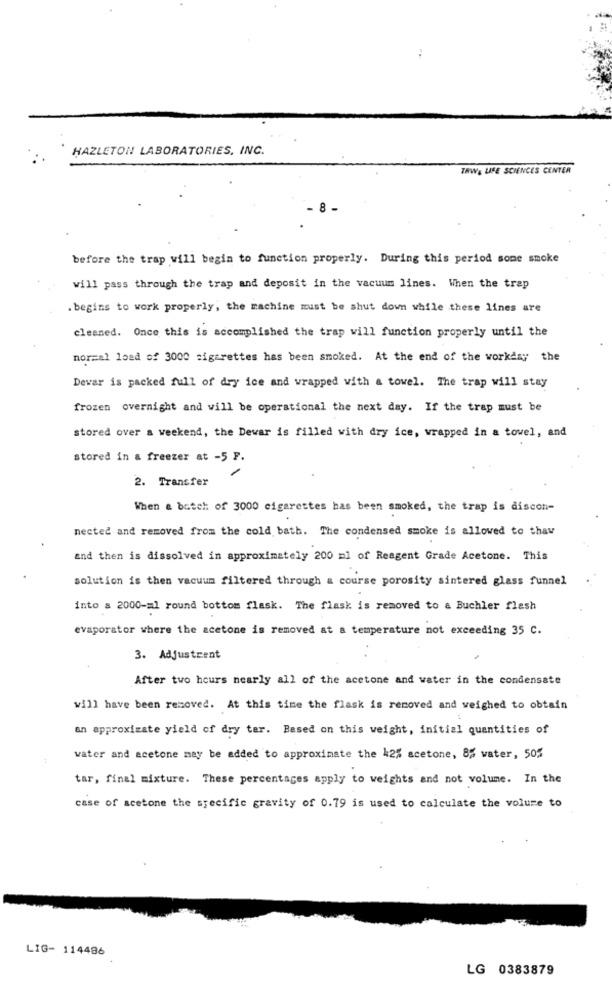
HAZLETON LABORATORIES, INC.
TRWA LIFE SCIENCES CENTER
. 8
before the trap will begin to function properly. During this period some smoke
will pass through the trap and deposit in the vacuum lines. When the trap
. begins to work properly, the machine must be shut down while these lines are
cleaned. Once this is accomplished the trap will function properly until the
normal load of 3000 cigarettes has been smoked. At the end of the workday the
Devar is packed full of dry ice and wrapped with a towel. The trap will stay
frozen overnight and will be operational the next day. If the trap must be
stored over a weekend, the Dewar is filled with dry ice, wrapped in a towel, and
stored in a freezer at -5 F.
2. Transfer
When a batch of 3000 cigarettes has been smoked, the trap is discon-
nected and removed from the cold bath. The condensed smoke is allowed to thaw
and then is dissolved in approximately 200 ml of Reagent Grade Acetone. This
solution is then vacuum filtered through a course porosity sintered glass funnel
into a 2000-al round bottom flask. The flask is removed to a Buchler flash
evaporator where the acetone is removed at a temperature not exceeding 35 C.
3. Adjustrent
After two hours nearly all of the acetone and water in the condensate
will have been removed. At this time the flask is removed and weighed to obtain
an approximate yield of dry ter. Based on this weight, initial quantities of
water and acetone may be added to approximate the 42% acetone, 85 water, 50%
tar, final mixture. These percentages apply to weights and not volume. In the
case of acetone the specific gravity of 0.79 is used to calculate the volume to
LIG- 114486
LG 0383879